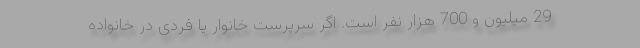
29 میلیون و 700 هزار نفر است. اگر سرپرست خانوار یا فردی در خانواده